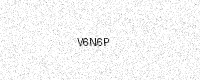
Text: V6N6P